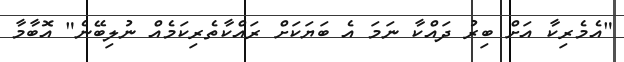
"އެމެރިކާ އަށް ބިރު ދައްކާ ނަމަ އެ ބަޔަކަށް ރައްކާތެރިކަމެއް ނުލިބޭނެ" އޮބާމާ